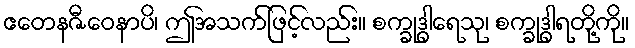
ဧတေနဇီဝေနာပိ၊ ဤအသက်ဖြင့်လည်း။ စက္ခုဒွါရေသု၊ စက္ခုဒွါရတို့ကို။